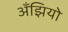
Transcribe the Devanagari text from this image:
अँझियो